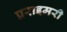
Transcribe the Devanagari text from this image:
प्रराइमरी